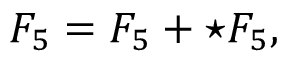
F _ { 5 } = { \cal F } _ { 5 } + \star { \cal F } _ { 5 } ,